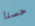
حسنا